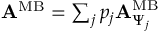
\begin{array} { r } { { \bf A } ^ { \mathrm { M B } } = \sum _ { j } p _ { j } { \bf A } _ { \Psi _ { j } } ^ { \mathrm { M B } } } \end{array}